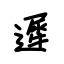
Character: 遲